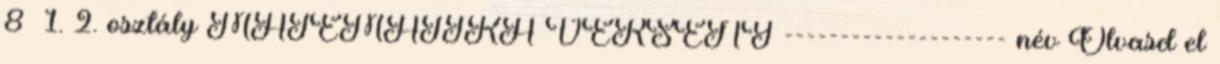
8 1. 2. osztály MATEMATIKA VERSENY -------------------- név Olvasd el